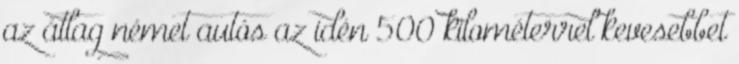
az átlag német autós az idén 500 kilométerrel kevesebbet